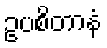
ဥပစိတာနံ